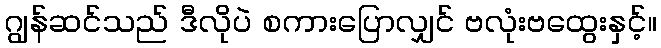
ဂျွန်ဆင်သည် ဒီလိုပဲ စကားပြောလျှင် ဗလုံးဗထွေးနှင့်။